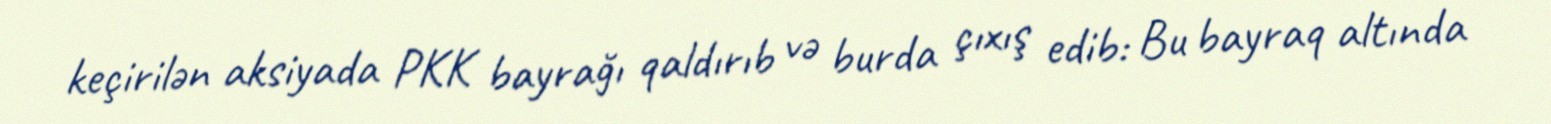
keçirilən aksiyada PKK bayrağı qaldırıb və burda çıxış edib: Bu bayraq altında